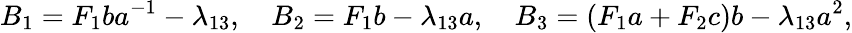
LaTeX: B_{1}=F_{1}ba^{-1}-\lambda_{13},\quad B_{2}=F_{1}b-\lambda_{13}a,\quad B_{3}=(F_{1}a+F_{2}c)b-\lambda_{13}a^{2},